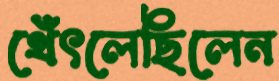
থেঁৎলেছিলেন